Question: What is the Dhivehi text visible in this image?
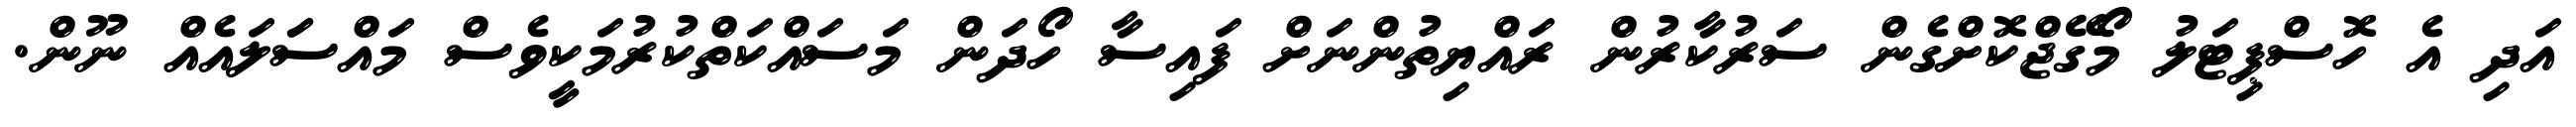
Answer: އަދި އެ ހޮސްޕިޓަލު މޯގޭޖްކޮށްގެން ސަރުކާރުން ރައްޔިތުންނަށް ފައިސާ ހޯދަން މަސައްކަތްކުރުމަކީވެސް މައްސަަލައެއް ނޫން.